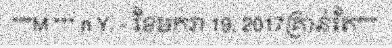
"""M *** n Y. - ខែមករា 19, 2017គ្រាន់តែ"""